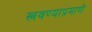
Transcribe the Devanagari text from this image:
स्त्रवण्याप्रमाणे